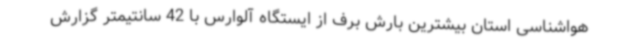
هواشناسی استان بیشترین بارش برف از ایستگاه آلوارس با 42 سانتیمتر گزارش